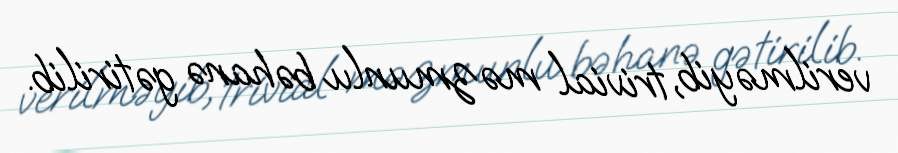
verilməyib, trivial məzmunlu bəhanə gətirilib.